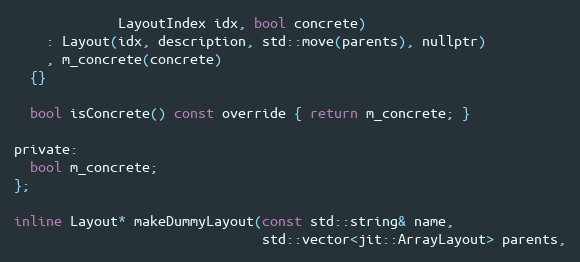
Language: C
             LayoutIndex idx, bool concrete)
    : Layout(idx, description, std::move(parents), nullptr)
    , m_concrete(concrete)
  {}

  bool isConcrete() const override { return m_concrete; }

private:
  bool m_concrete;
};

inline Layout* makeDummyLayout(const std::string& name,
                               std::vector<jit::ArrayLayout> parents,